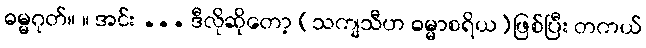
ဓမ္မဂုတ်။ ။ အင်း ... ဒီလိုဆိုတော့ (သကျသီဟ ဓမ္မာစရိယ)ဖြစ်ပြီး တကယ်